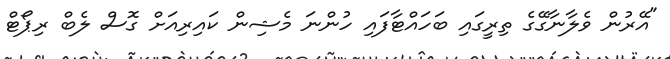
"އޭރުން ވެލާނާގޭގެ ތިރީގައި ބަހައްޓާފައި ހުންނަ މެޝިން ކައިރިއަށް ގޮސް ލެބް ރިޕޯޓް